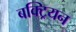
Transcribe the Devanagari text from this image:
बक्ट्रियन